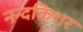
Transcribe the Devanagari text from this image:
नन्दकिशर